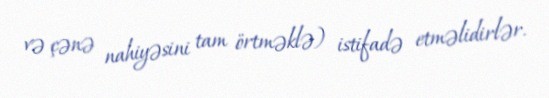
və çənə nahiyəsini tam örtməklə) istifadə etməlidirlər.